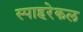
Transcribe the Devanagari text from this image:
स्पाहरेकल